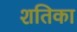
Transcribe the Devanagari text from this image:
शतिका